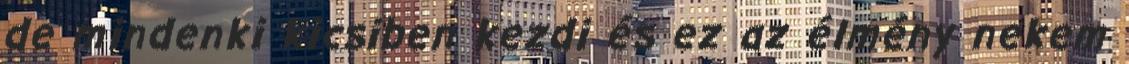
de mindenki kicsiben kezdi és ez az élmény nekem